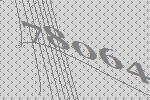
78064